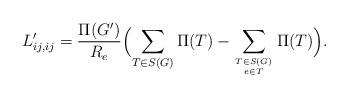
LaTeX: \begin{align*}L'_{ij,ij} = \frac{\Pi(G')}{R_{e}}\Bigl(\sum_{T \in S(G)}\Pi(T) - \sum_{T \in S(G) \atop e \in T}\Pi(T)\Bigr).\end{align*}